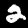
Digit: 2